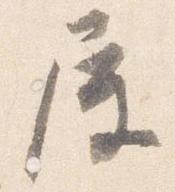
屋